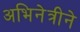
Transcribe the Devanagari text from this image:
अभिनेत्रीने